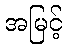
အမြင့်